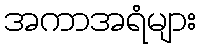
အကာအရံများ